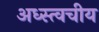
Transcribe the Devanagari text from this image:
अध्स्त्वचीय